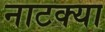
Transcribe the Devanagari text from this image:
नाटक्या